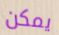
يمكن